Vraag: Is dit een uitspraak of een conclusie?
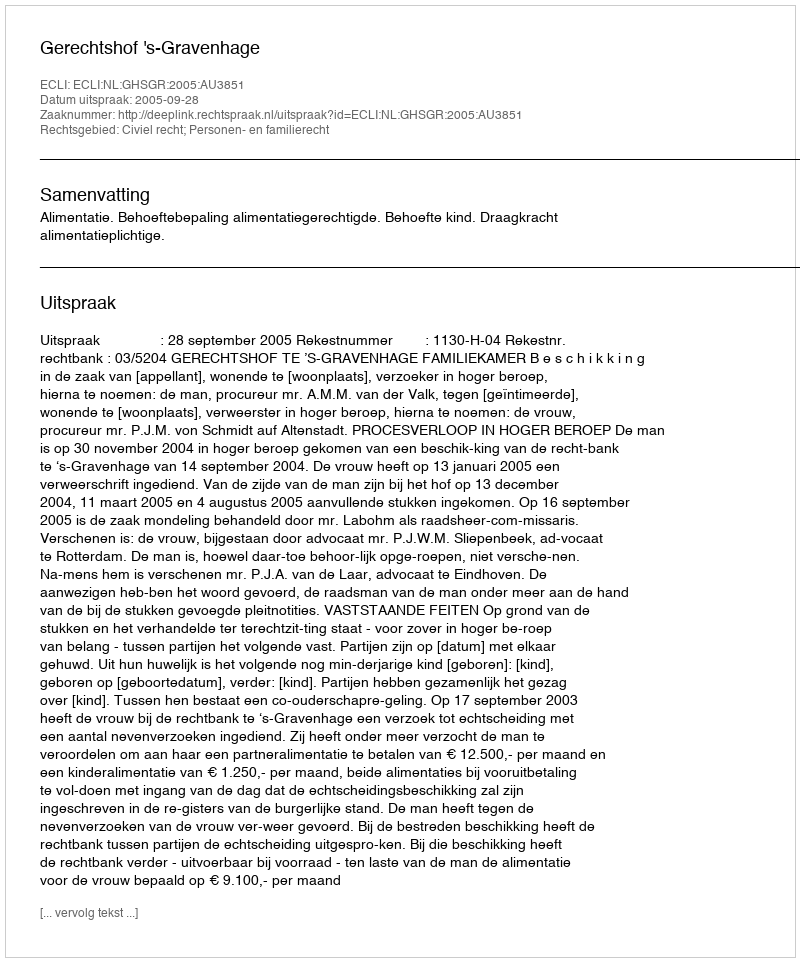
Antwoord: Uitspraak